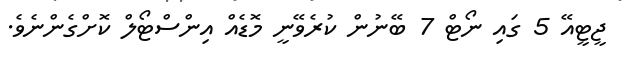
ޖީޓީއޭ 5 ގައި ނޯޓް 7 ބޭނުން ކުރެވޭނީ މޮޑެއް އިންސްޓޯލް ކޮށްގެންނެވެ.